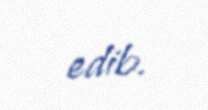
edib.